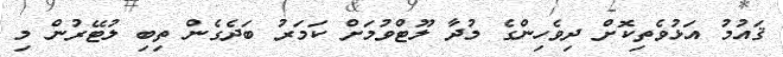
ޤައުމު އަޅުވެތިކޮށް ދިވެހިންގެ މުދާ ލޫޓްވުމަށް ކަމަރު ބަދެގެން ތިބި ލުޓޭރުން މި